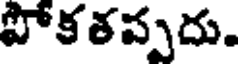
పోకతప్పదు.